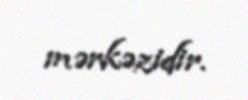
mərkəzidir.